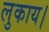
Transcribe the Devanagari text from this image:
लुकाय।